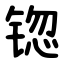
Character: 锪